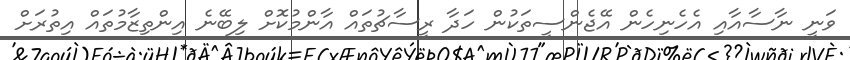
ވަނީ ނާސާއާއި އެހެނިހެން އޭޖެންސީތަކުން ހަދާ ރީސާޗުތައް އާންމުކޮށް ލިބޭނެ އިންތިޒާމުތައް އިތުރަށް